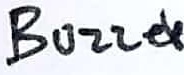
Text: Buzzer